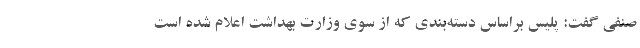
صنفی گفت: پلیس براساس دسته‌بندی که از سوی وزارت بهداشت اعلام شده است